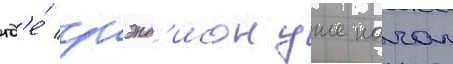
гд'е́ грэнд'исон уже начал